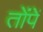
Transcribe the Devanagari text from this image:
तोंपें